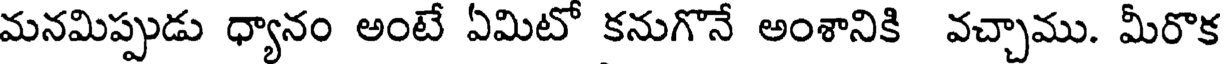
మనమిప్పుడు ధ్యానం అంటే ఏమిటో కనుగొనే అంశానికి వచ్చాము. మీరొక